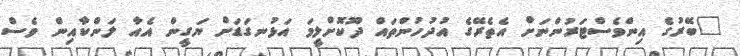
"ބޭރުގެ އިންވެސްޓަރުންނަށް އެތެރޭގެ އުދުހުންތައް ދޫކޮށްލީމަ އަޅުނގަޑަށް ޔަގީން އެއާ ލަންކާއިން ވެސް